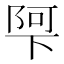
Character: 𮥌